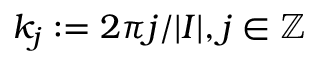
k _ { j } : = 2 \pi j / \lvert I \rvert , j \in \mathbb { Z }